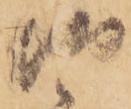
御